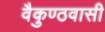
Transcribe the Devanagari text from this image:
वैकुण्ठवासी